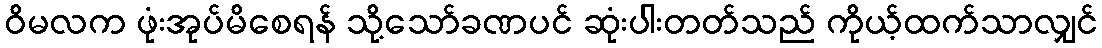
ဝိမလက ဖုံးအုပ်မိစေရန် သို့သော်ခဏပင် ဆုံးပါးတတ်သည် ကိုယ့်ထက်သာလျှင်